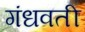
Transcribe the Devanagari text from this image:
गंधवती